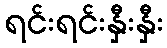
ရင်းရင်းနှီးနှီး